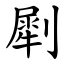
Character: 㓾